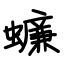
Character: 蠊